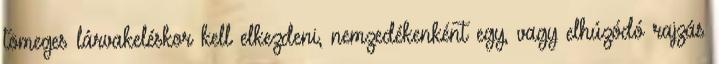
tömeges lárvakeléskor kell elkezdeni, nemzedékenként egy, vagy elhúzódó rajzás